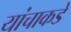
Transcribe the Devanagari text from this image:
यांचाकडे